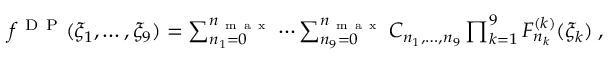
\begin{array} { r } { f ^ { \mathrm { ~ D ~ P ~ } } ( \xi _ { 1 } , \ldots , \xi _ { 9 } ) = \sum _ { n _ { 1 } = 0 } ^ { n _ { \mathrm { ~ m ~ a ~ x ~ } } } \cdots \sum _ { n _ { 9 } = 0 } ^ { n _ { \mathrm { ~ m ~ a ~ x ~ } } } C _ { n _ { 1 } , \ldots , n _ { 9 } } \prod _ { k = 1 } ^ { 9 } F _ { n _ { k } } ^ { ( k ) } ( \xi _ { k } ) \; , } \end{array}